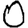
Digit: 0